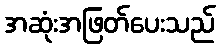
အဆုံးအဖြတ်ပေးသည်